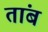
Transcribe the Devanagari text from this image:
तांब